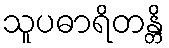
သူပဓာရိတန္တိ